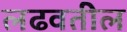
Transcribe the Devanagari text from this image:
लढवतील